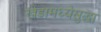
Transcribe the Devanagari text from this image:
खेडामध्येसुद्धा